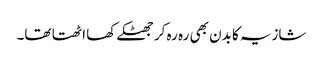
شازیہ کا بدن بھی رہ رہ کر جھٹکے کھا اٹھتا تھا۔